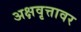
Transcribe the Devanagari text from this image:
अक्षवृत्तावर